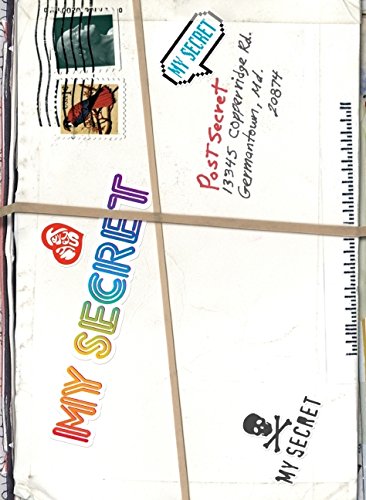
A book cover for My Secret: A PostSecret Book; Frank Warren; Arts & Photography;